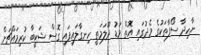
ނާހިދާ ސޯފާތަކުގެ މެދުގައި އޮތް މަޑު ދޫލަމަތީ ހިނގާލައިފައި ގޮސް ޝަކީބާ ކުރިމައްޗަށް